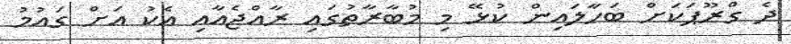
ދެ ގްރޫޕަކަށް ބަހާލައިން ކުޅޭ މި މުބާރާތުގައި ރާއްޖެއާއި އެކު އަށް ގައުމު